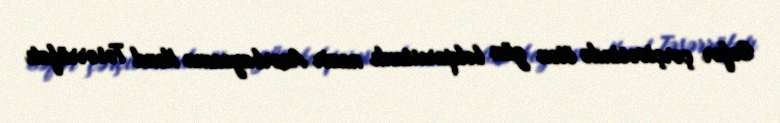
Səfər çərçivəsində ötən gün bolqarıstanlı nazir Azərbaycanın Kənd Təsərrüfatı